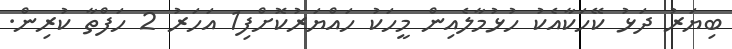
ބިޔަރު ދަޅު ކޭހަކާއެކު ހުޅުމާލެއިން މީހަކު ހައްޔަރުކޮށްފި1 އަހަރު 2 ހަފްތާ ކުރިން.